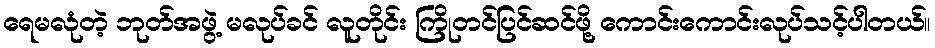
ရေမလုံတဲ့ ဘုတ်အဖွဲ့ မလုပ်ခင် လူတိုင်း ကြိုတင်ပြင်ဆင်ဖို့ ကောင်းကောင်းလုပ်သင့်ပါတယ်။